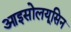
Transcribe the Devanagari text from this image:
आइसोलयूसिन